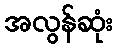
အလွန်ဆုံး